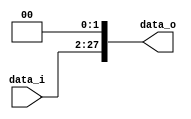
module Shift_Left_2_26to28
(
	data_i,
	data_o
);

input	[25:0]	data_i;
output	[27:0]	data_o;

assign data_o = data_i << 2 ;

endmodule